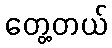
တွေ့တယ်